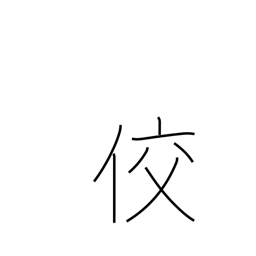
Meaning: sly